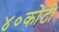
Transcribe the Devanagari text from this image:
४०कोटी